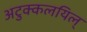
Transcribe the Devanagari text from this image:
अटुक्कलयिल्